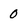
Character: 0